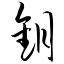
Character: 钥